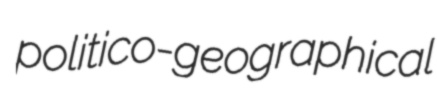
politico-geographical